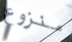
منزوع